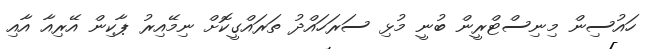
ހައުސިން މިނިސްޓްރީން ބުނީ މުޅި ސަރަހައްދު ތަރައްގީކޮށް ނިމޭއިރު ޕާކިން އޭރިއާ އާއި